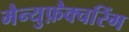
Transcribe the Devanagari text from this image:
मैन्युफ़ैक्चरिंग